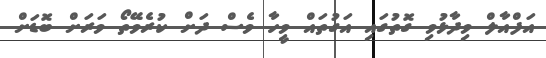
އަފްއާލް ވިދާޅުވި ގޮތުގައި އަގުތައް ވީހާ ވެސް ދަށް ކުރެވޭތޯ ވަރަށް ބޮޑަށް